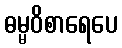
ဓမ္မဝိစာရေပေ